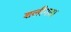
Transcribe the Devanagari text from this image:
शलीनता